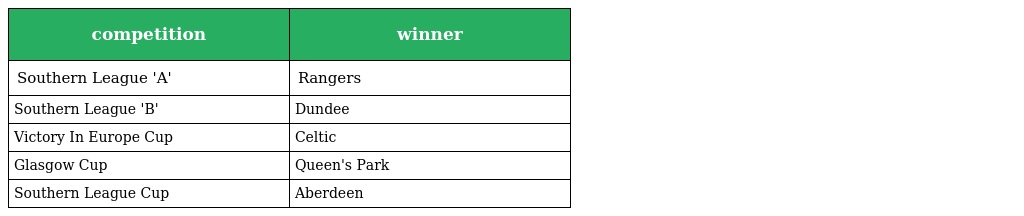
| competition | winner |
 | --- | --- |
 | Southern League 'A' | Rangers |
 | Southern League 'B' | Dundee |
 | Victory In Europe Cup | Celtic |
 | Glasgow Cup | Queen's Park |
 | Southern League Cup | Aberdeen |